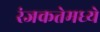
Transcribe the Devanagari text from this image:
रंजकतेमध्ये